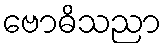
ဗောဓိသညာ